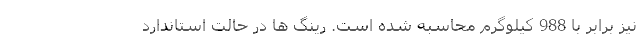
نیز برابر با 988 کیلوگرم محاسبه شده است. رینگ ها در حالت استاندارد